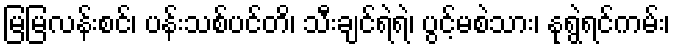
မြမြလန်းစင်၊ ပန်းသစ်ပင်တိ၊ သီးချင်ရဲရဲ၊ ပွင့်မစဲသား၊ နုရွဲရင်ကမ်း၊